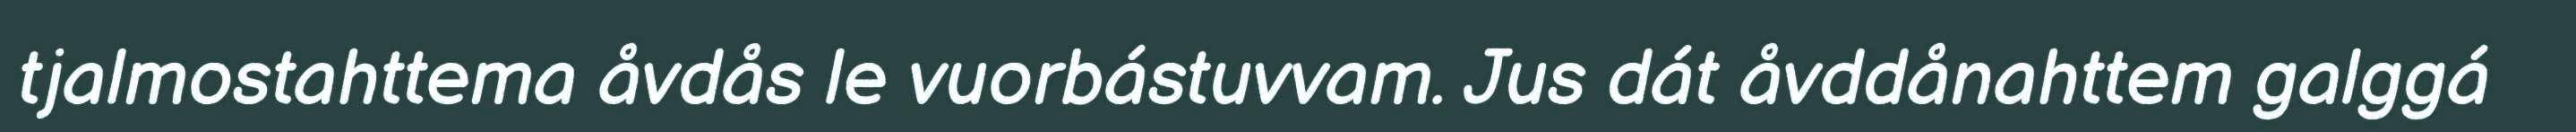
tjalmostahttema åvdås le vuorbástuvvam. Jus dát åvddånahttem galggá